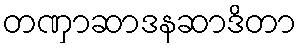
တဏှာဆာဒနဆာဒိတာ